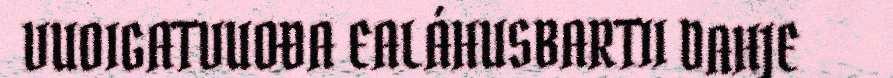
VUOIGATVUOĐA EALÁHUSBARTII DAHJE